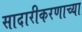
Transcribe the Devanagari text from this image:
सादारीकरणाच्या